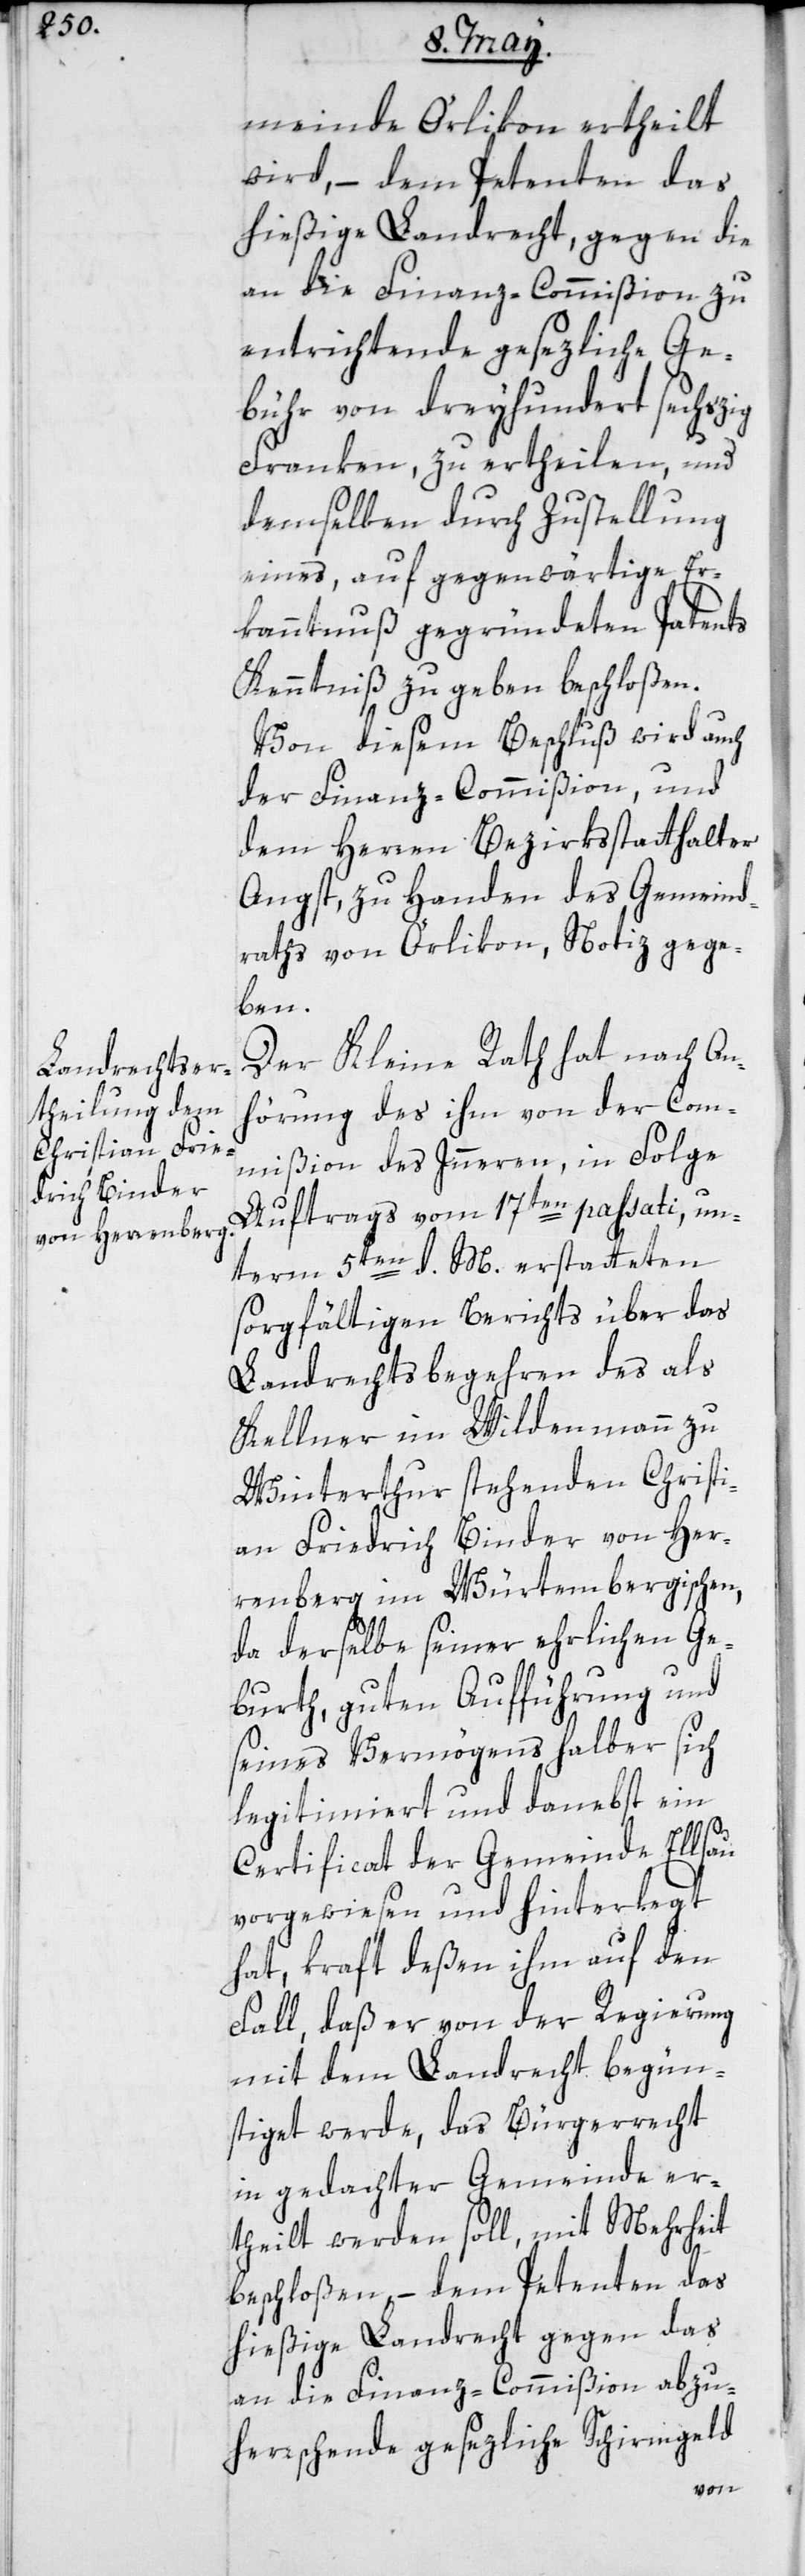
meinde Örlikon ertheilt
wird, – dem Petenten das
hießige Landrecht, gegen die
an die Finanz-Commißion zu
entrichtende gesezliche Ge¬
bühr von dreyhundert sechszig
Franken, zu ertheilen, und
demselben durch Zustellung
eines, auf gegenwärtige Er¬
kanntnuß gegründeten Patents
Kenntniß zu geben beschloßen.
Von diesem Beschluß wird auch
der Finanz-Commißion und
dem Herren Bezirksstatthalter
Angst, zu Handen des Gemeind¬
raths von Örlikon, Notiz gege¬
ben.
Der Kleine Rath hat nach An¬
hörung des ihm von der Com¬
mißion des Innern, in Folge
Auftrags vom 17ten passati, un¬
term 5ten d. M. erstatteten
sorgfältigen Berichts über das
Landrechtsbegehren des als
Kellner im Wildenmann zu
Winterthur stehenden Christi¬
an Friedrich Binder von Her¬
renberg im Württembergischen,
da derselbe seiner ehrlichen Ge¬
burth, guten Aufführung und
seines Vermögens halber sich
legitimiert und danebst ein
Certificat der Gemeinde Ellsau
vorgewiesen und hinterlegt
hat, kraft deßen ihm auf den
Fall, daß er von der Regierung
mit dem Landrecht begün¬
stiget werde, das Bürgerrecht
in gedachter Gemeinde er¬
theilt werden soll, mit Mehrheit
beschloßen, – dem Petenten das
hießige Landrecht gegen das
an die Finanz-Commißion abzu¬
herrschende gesezliche Schirmgeld